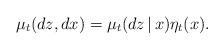
LaTeX: \begin{align*} \mu_t(dz, dx) = \mu_t(dz\,|\,x) \eta_t(x).\end{align*}